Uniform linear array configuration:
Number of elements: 48
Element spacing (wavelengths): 0.25
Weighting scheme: binomial
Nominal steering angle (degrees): -45
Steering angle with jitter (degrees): -45.67
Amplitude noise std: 0.05
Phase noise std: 0.05

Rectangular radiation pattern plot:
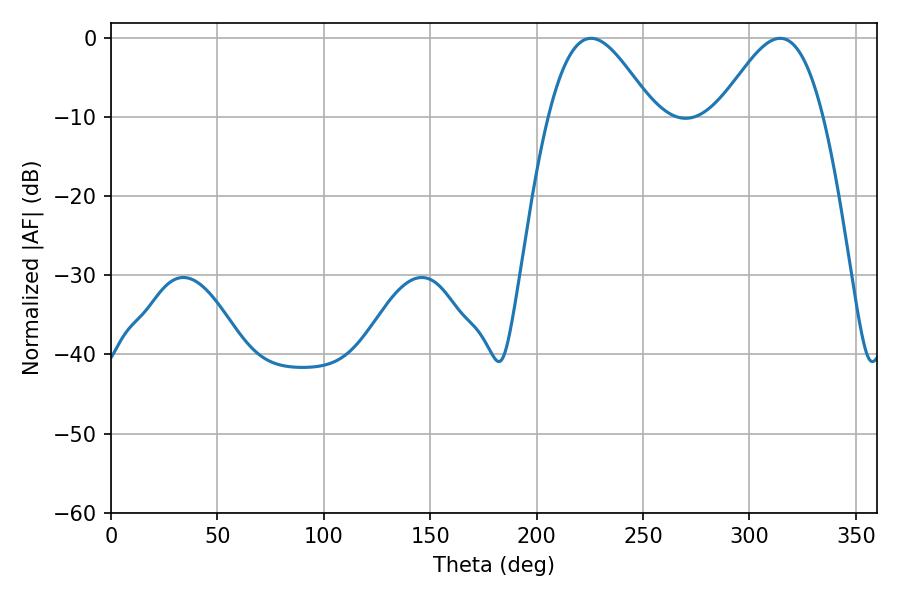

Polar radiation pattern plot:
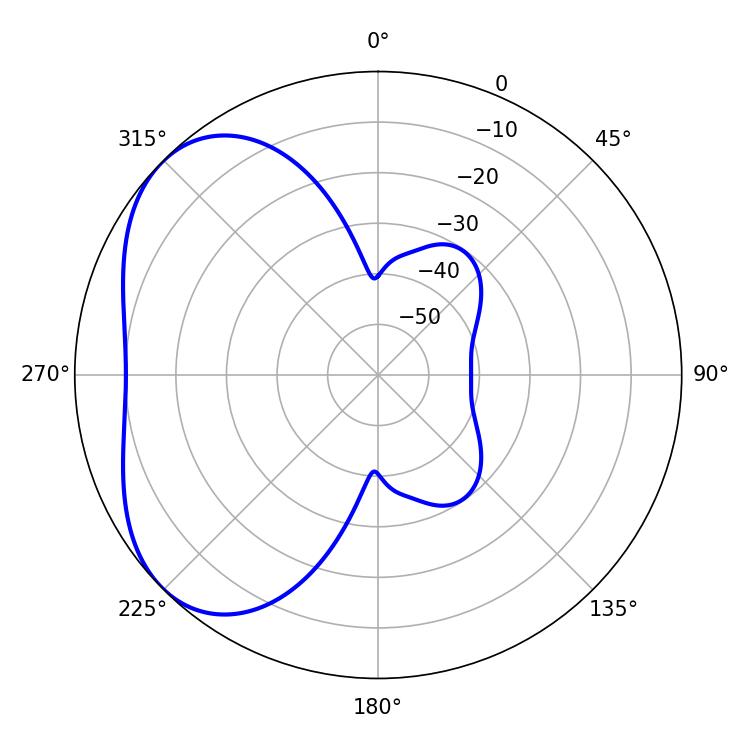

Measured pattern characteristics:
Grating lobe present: FALSE
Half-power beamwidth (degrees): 26.28
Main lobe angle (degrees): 225.54